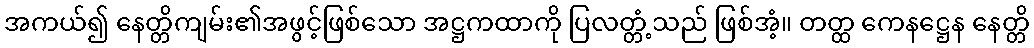
အကယ်၍ နေတ္တိကျမ်း၏အဖွင့်ဖြစ်သော အဋ္ဌကထာကို ပြလတ္တံ့သည် ဖြစ်အံ့။ တတ္ထ ကေနဋ္ဌေန နေတ္တိ